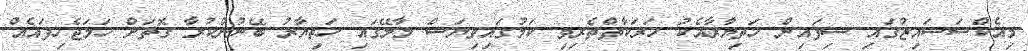
މިއެކްސަސައިޒުގައި ސިފައިން ހަތިޔާރާއެކު ހަރަކާތްތެރިވި ކަމުގައިވިޔަސް މާލޭގައި ހަތިޔާރު ބޭނުންކުރާ ގޮތަށް ހަމަޖެހިފައެއް